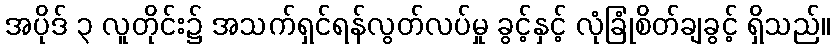
အပိုဒ် ၃ လူတိုင်း၌ အသက်ရှင်ရန်လွတ်လပ်မှု ခွင့်နှင့် လုံခြုံစိတ်ချခွင့် ရှိသည်။